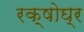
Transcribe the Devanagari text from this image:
रक्षोघ्र